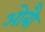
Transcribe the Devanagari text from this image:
ओबौ